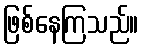
ဖြစ်နေကြသည်။